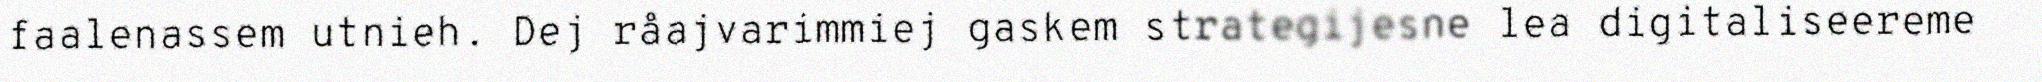
faalenassem utnieh. Dej råajvarimmiej gaskem strategijesne lea digitaliseereme